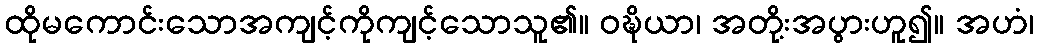
ထိုမကောင်းသောအကျင့်ကိုကျင့်သောသူ၏။ ဝဍ္ဎိယာ၊ အတို့းအပွားဟူ၍။ အဟံ၊